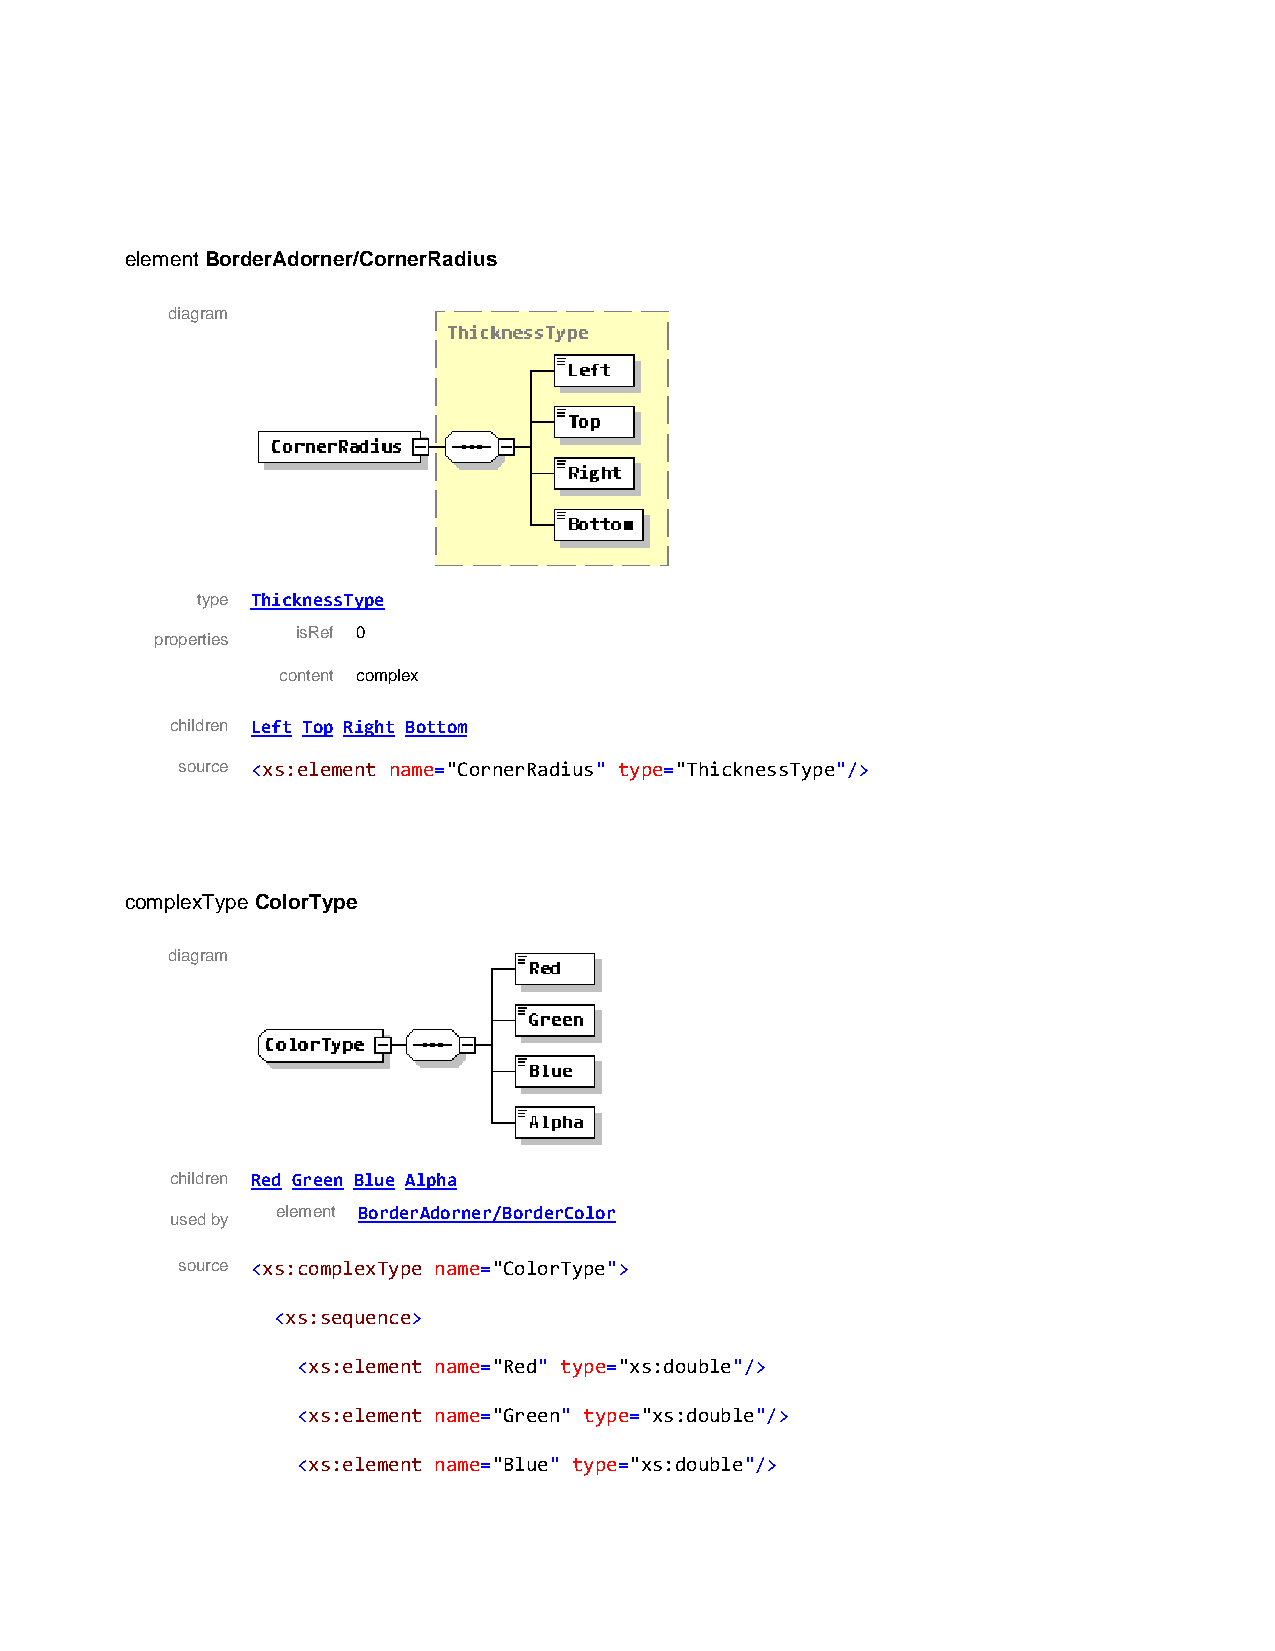
element BorderAdorner/CornerRadius
 diagram
 type ThicknessType
 isRef 0
 properties
 content complex
 children Left Top Right Bottom
 source <xs:element name="CornerRadius" type="ThicknessType"/>
 complexType ColorType
 diagram
 children Red Green Blue Alpha
 element BorderAdorner/BorderColor
 used by
 source <xs:complexType name="ColorType">
 <xs:sequence>
 <xs:element name="Red" type="xs:double"/>
 <xs:element name="Green" type="xs:double"/>
 <xs:element name="Blue" type="xs:double"/>